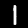
Label: 1